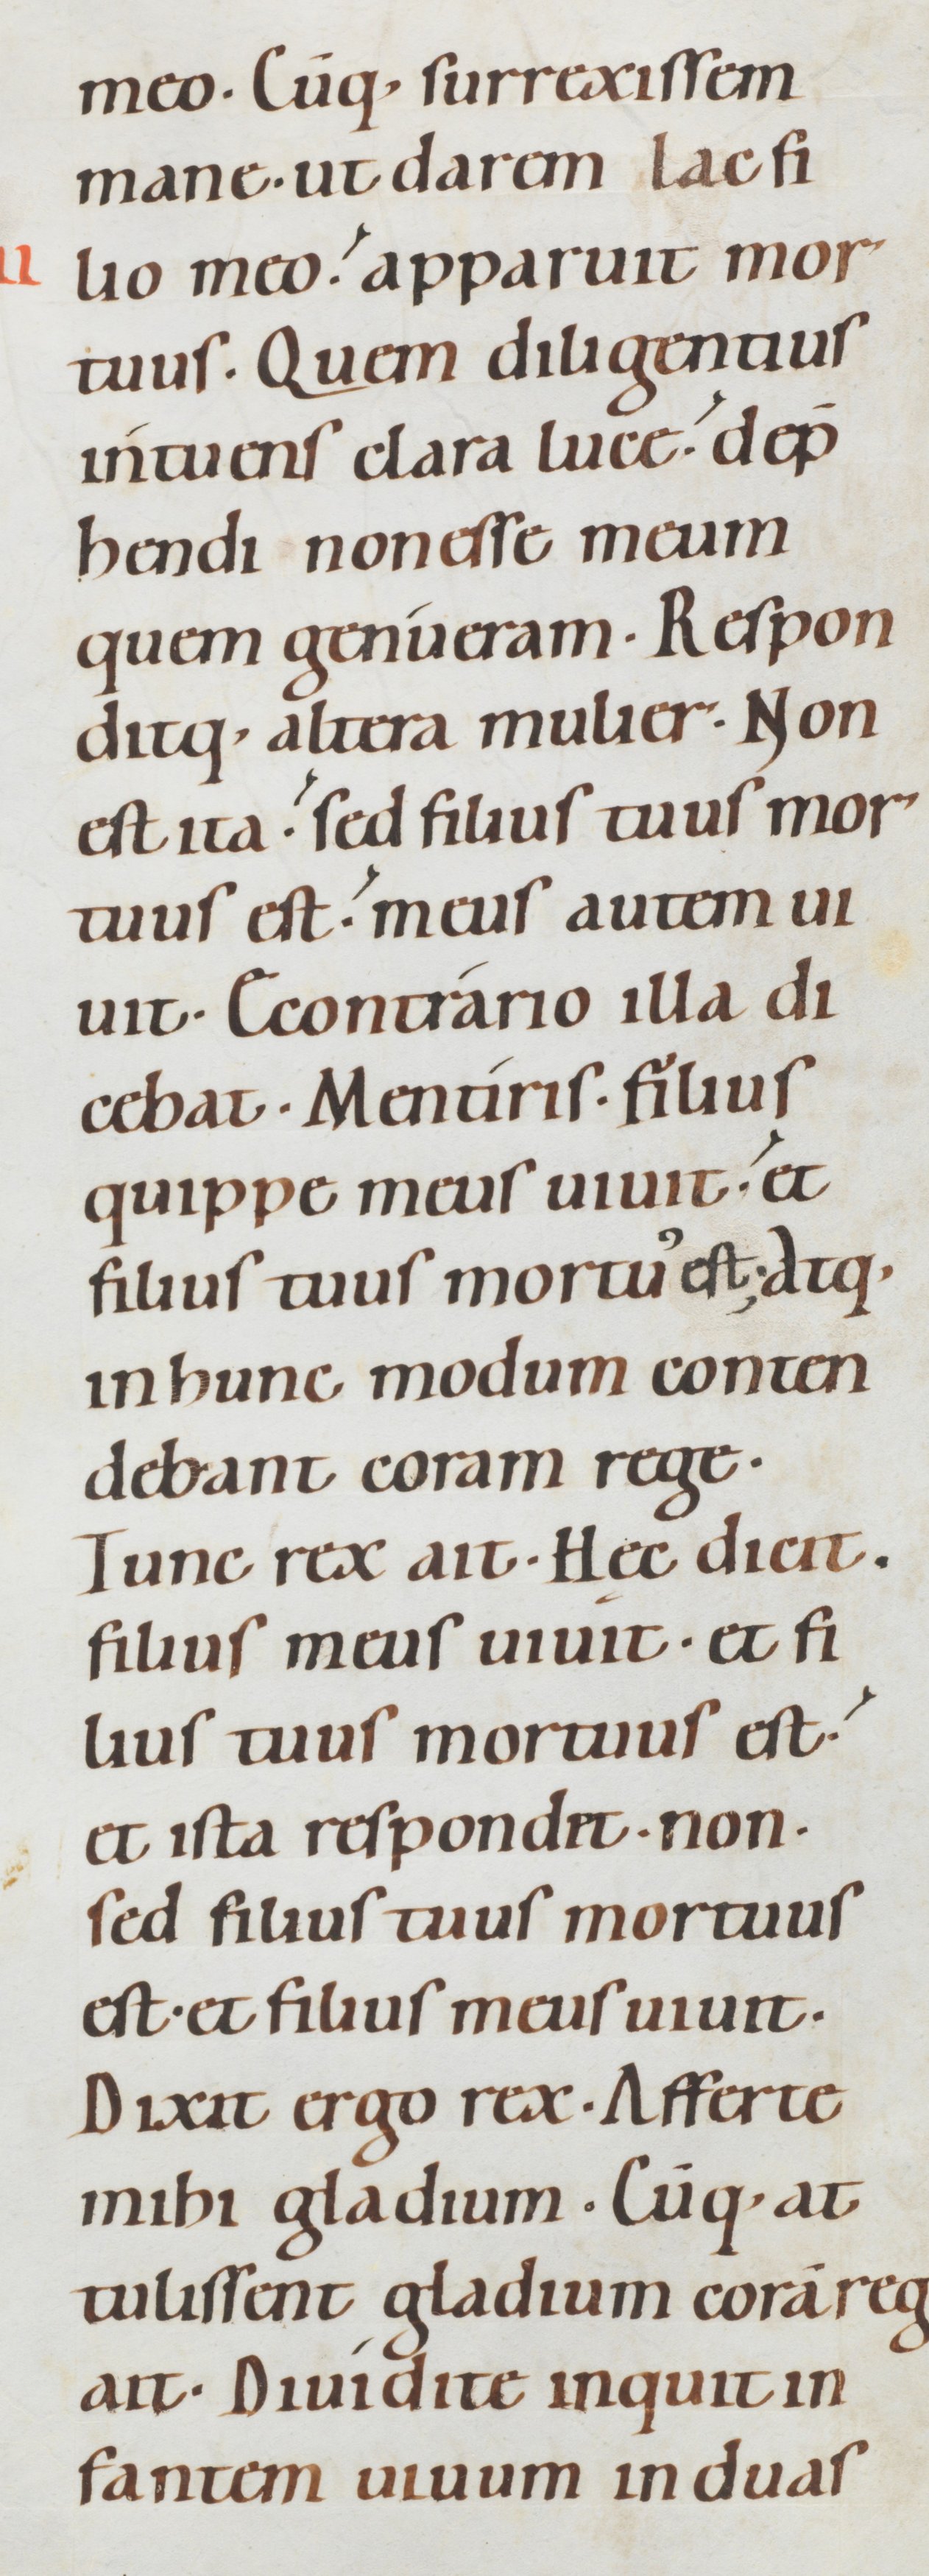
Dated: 1080–1096